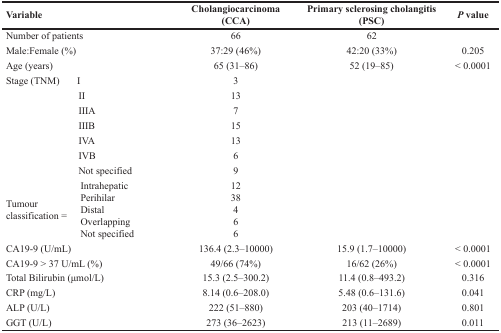
<table><thead><tr><td colspan="2"><b>Variable</b></td><td><b>Cholangiocarcinoma (CCA)</b></td><td><b>Primary sclerosing cholangitis (PSC)</b></td><td><b><i>P</i> value</b></td></tr></thead><tbody><tr><td colspan="2">Number of patients</td><td>66</td><td>62</td><td></td></tr><tr><td colspan="2">Male:Female (%)</td><td>37:29 (46%)</td><td>42:20 (33%)</td><td>0.205</td></tr><tr><td colspan="2">Age (years)</td><td>65 (31–86)</td><td>52 (19–85)</td><td>&lt; 0.0001</td></tr><tr><td>Stage (TNM)</td><td>I</td><td>3</td><td></td><td></td></tr><tr><td></td><td>II</td><td>13</td><td></td><td></td></tr><tr><td></td><td>IIIA</td><td>7</td><td></td><td></td></tr><tr><td></td><td>IIIB</td><td>15</td><td></td><td></td></tr><tr><td></td><td>IVA</td><td>13</td><td></td><td></td></tr><tr><td></td><td>IVB</td><td>6</td><td></td><td></td></tr><tr><td></td><td>Not specified</td><td>9</td><td></td><td></td></tr><tr><td rowspan="5">Tumour classification =</td><td>Intrahepatic</td><td>12</td><td rowspan="5"></td><td rowspan="5"></td></tr><tr><td>Perihilar</td><td>38</td></tr><tr><td>Distal</td><td>4</td></tr><tr><td>Overlapping</td><td>6</td></tr><tr><td>Not specified</td><td>6</td></tr><tr><td colspan="2">CA19-9 (U/mL)</td><td>136.4 (2.3–10000)</td><td>15.9 (1.7–10000)</td><td>&lt; 0.0001</td></tr><tr><td colspan="2">CA19-9 &gt; 37 U/mL (%)</td><td>49/66 (74%)</td><td>16/62 (26%)</td><td>&lt; 0.0001</td></tr><tr><td colspan="2">Total Bilirubin (μmol/L)</td><td>15.3 (2.5–300.2)</td><td>11.4 (0.8–493.2)</td><td>0.316</td></tr><tr><td colspan="2">CRP (mg/L)</td><td>8.14 (0.6–208.0)</td><td>5.48 (0.6–131.6)</td><td>0.041</td></tr><tr><td colspan="2">ALP (U/L)</td><td>222 (51–880)</td><td>203 (40–1714)</td><td>0.801</td></tr><tr><td colspan="2">GGT (U/L)</td><td>273 (36–2623)</td><td>213 (11–2689)</td><td>0.011</td></tr></tbody></table>